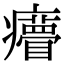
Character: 𤼁